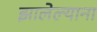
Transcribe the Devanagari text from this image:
झालेल्याना